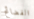
الفضائح